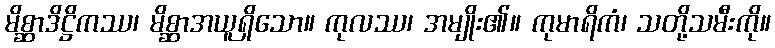
မိစ္ဆာဒိဋ္ဌိကဿ၊ မိစ္ဆာအယူရှိသော။ ကုလဿ၊ အမျိုး၏။ ကုမာရိကံ၊ သတို့သမီးကို။